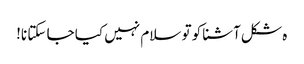
ہ شکل آشنا کو تو سلام نہیں کیا جا سکتا نا!